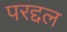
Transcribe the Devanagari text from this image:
परद्दल